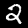
Digit: 2